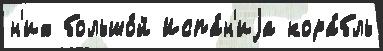
н'их большо́й Испа́н'иjа кора́бль